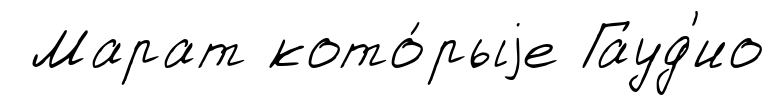
Марат кото́рыjе Гауд'ио